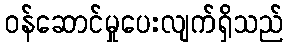
ဝန်ဆောင်မှုပေးလျက်ရှိသည်